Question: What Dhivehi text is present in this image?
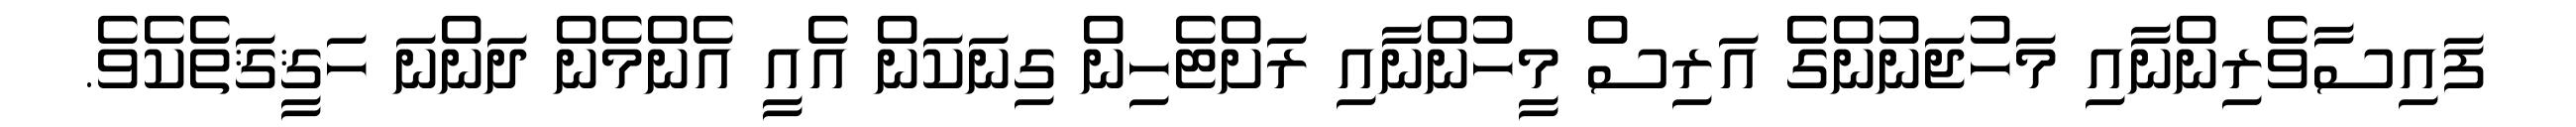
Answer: ފައިސާވެރިންނާއި މަހުޖަނުންގެ އަރިސް މީހުންނާއި ރަށްޓެހިން ގިނަކަން އެއީ އެންމެން ދަންނަ ހަޤީޤަތެކެވެ.